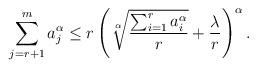
LaTeX: \begin{align*} \sum_{j=r+1}^{m}a_j^\alpha\leq r \left(\sqrt[\alpha]{\frac{\sum_{i=1}^{r}a_i^\alpha}{r}}+\frac{\lambda}{r}\right)^\alpha.\end{align*}